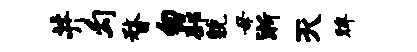
井勾瞀匆邳貌毋淅灭眸